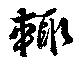
輙